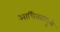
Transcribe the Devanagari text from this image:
आधिक्यामुळे